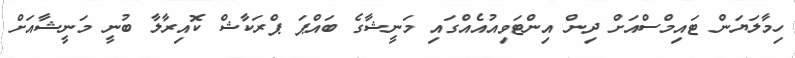
ހިމާލަޔަން ޓައިމްސްއަށް ދިން އިންޓަވިއުއެއްގައި މަނީޝާގެ ބައްޕަ ޕްރަކާޝް ކޮއިރާލާ ބުނީ މަނީޝާއަށް